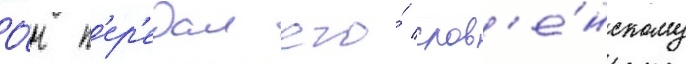
О́н п'ер'едал его́ слов'е́нскому